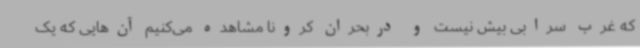
که غرب سرابی بیش نیست و دربحران کرونا مشاهده می‌کنیم آن‌هایی که یک